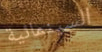
السينمائية